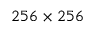
2 5 6 \times 2 5 6